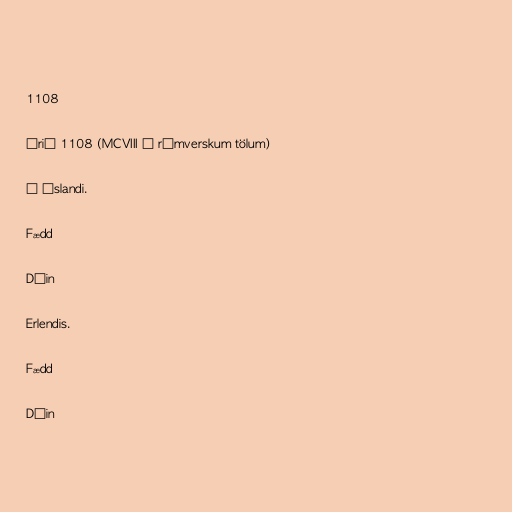
1108

Árið 1108 (MCVIII í rómverskum tölum)

Á Íslandi.

Fædd

Dáin

Erlendis.

Fædd

Dáin